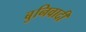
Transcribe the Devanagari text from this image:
बुनिवादी